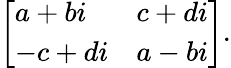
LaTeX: {\left[\begin{array}{ll}{a+bi}&{c+di}\\ {-c+di}&{a-bi}\end{array}\right]}.